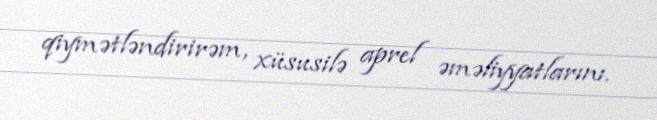
qiymətləndirirəm, xüsusilə aprel əməliyyatlarını.